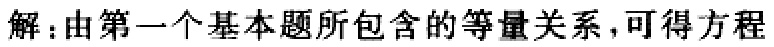
解：由第一个基本题所包含的等量关系，可得方程